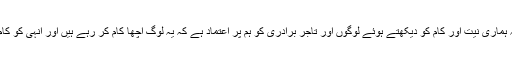
خلاصہ یہ کہ ہماری نیت اور کام کو دیکھتے ہوئے لوگوں اور تاجر برادری کو ہم پر اعتماد ہے کہ یہ لوگ اچھا کام کر رہے ہیں اور انہی کو کام سونپا جائے۔